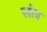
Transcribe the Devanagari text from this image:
सोत्र